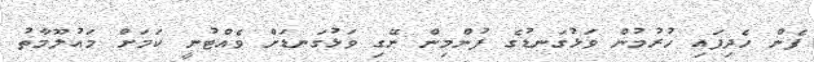
ފެން ހެދިފައި ހުރުމުން ވަޅުގަނޑުގެ ފުންމިން ނޭގި ވަޅުގަނޑަށް ވެއްޓުނީ ކަމަަށް މައުލޫމާތު